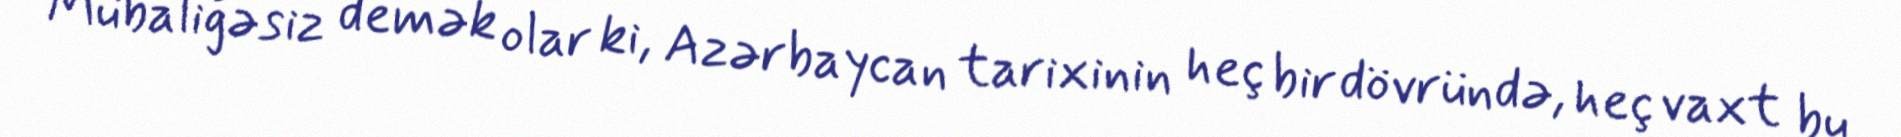
Mübaliğəsiz demək olar ki, Azərbaycan tarixinin heç bir dövründə, heç vaxt bu